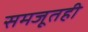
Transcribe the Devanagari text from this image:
समजूतही